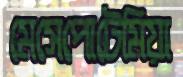
মেসেপোটেমিয়া